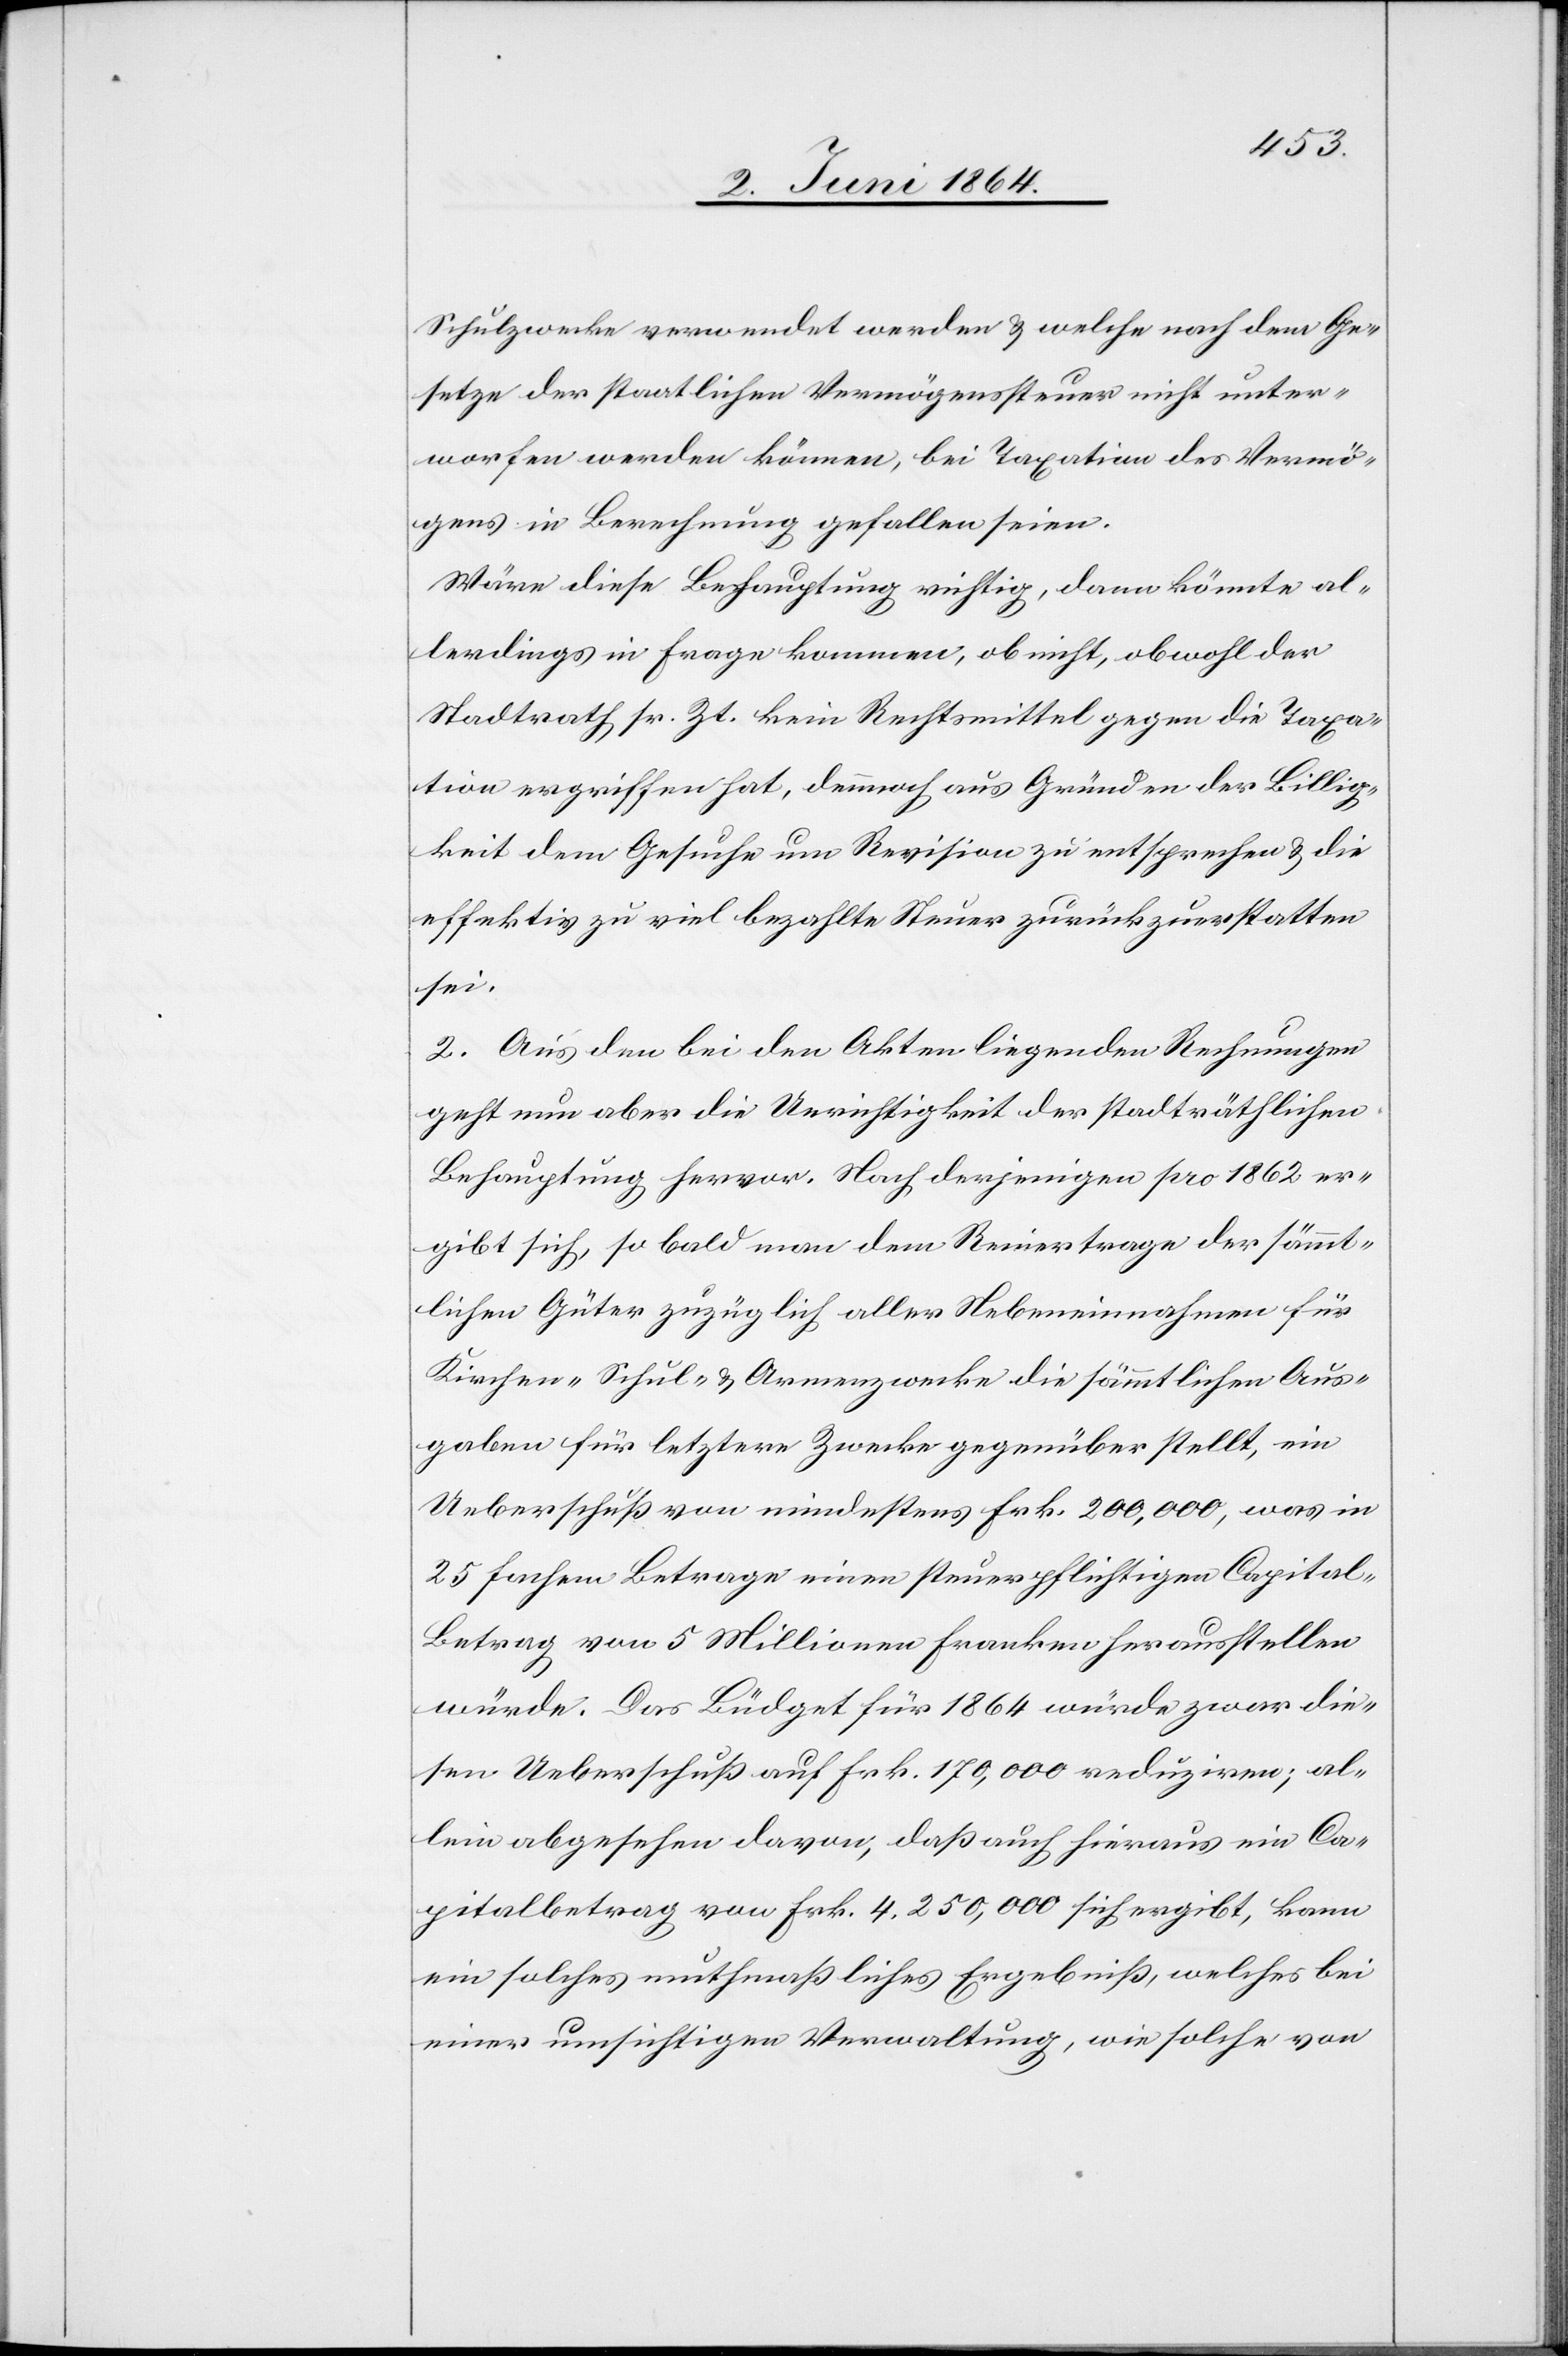
Schulzwecke verwendet werden u. welche nach dem Ge¬
setze der staatlichen Vermögenssteuer nicht unter¬
worfen werden können, bei Taxation des Vermö¬
gens in Berechnung gefallen seien.
Wäre diese Behauptung richtig, dann könnte al¬
lerdings in Frage kommen, ob nicht, obwohl der
Stadtrath sr. Zt. kein Rechtsmittel gegen die Taxa¬
tion ergriffen hat, demnach aus Gründen der Billig¬
keit dem Gesuche um Revision zu entsprechen u. die
effektiv zu viel bezahlte Steuer zurückzuerstatten
sei.
2. Aus den bei den Akten liegenden Rechnungen
geht nun aber die Unrichtigkeit der stadträthlichen
Behauptung hervor. Nach derjenigen pro 1862 er¬
gibt sich, so bald man dem Reinertrage der sämmt¬
lichen Güter zuzüglich aller Nebeneinnahmen für
Kirchen-[,] Schul- u. Armenzwecke die sämmtlichen Aus¬
gaben für letztere Zwecke gegenüber stellt, ein
Ueberschuß von mindestens Frk. 200,000, was in
25fachem Betrage einen steuerpflichtigen Capital-B¬
etrag von 5 Millionen Franken herausstellen
würde. Das Büdget für 1864 würde zwar die¬
sen Ueberschuß auf Frk. 170,000 reduziren; al¬
lein abgesehen davon, daß auch hieraus ein Ca¬
pitalbetrag von Frk. 4,250,000 sich ergibt, kann
ein solches muthmaßliches Ergebniß, welches bei
einer umsichtigen Verwaltung, wie solche von